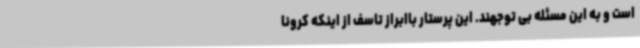
است و به این مسئله بی توجهند. این پرستار باابراز تاسف از اینکه کرونا